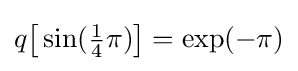
q{\bigl [}\sin({\tfrac {1}{4}}\pi ){\bigr ]}=\exp(-\pi )